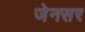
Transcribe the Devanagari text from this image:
जेनसर